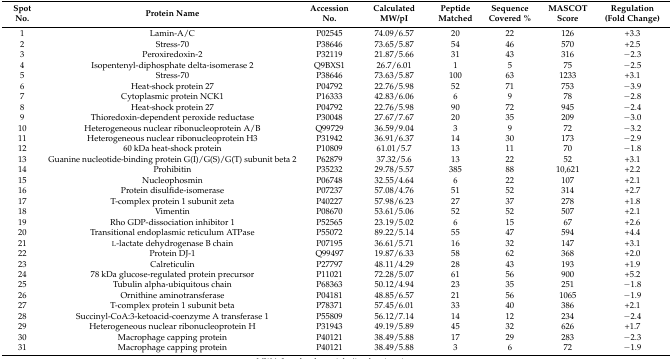
<table><thead><tr><td><b>Spot No.</b></td><td><b>Protein Name</b></td><td><b>Accession No.</b></td><td><b>Calculated MW/pI</b></td><td><b>Peptide Matched</b></td><td><b>Sequence Covered %</b></td><td><b>MASCOT Score</b></td><td><b>Regulation (Fold Change)</b></td></tr></thead><tbody><tr><td>1</td><td>Lamin-A/C</td><td>P02545</td><td>74.09/6.57</td><td>20</td><td>22</td><td>126</td><td>+3.3</td></tr><tr><td>2</td><td>Stress-70</td><td>P38646</td><td>73.65/5.87</td><td>54</td><td>46</td><td>570</td><td>+2.5</td></tr><tr><td>3</td><td>Peroxiredoxin-2</td><td>P32119</td><td>21.87/5.66</td><td>31</td><td>43</td><td>316</td><td>−2.3</td></tr><tr><td>4</td><td>Isopentenyl-diphosphate delta-isomerase 2</td><td>Q9BXS1</td><td>26.7/6.01</td><td>1</td><td>5</td><td>75</td><td>−2.5</td></tr><tr><td>5</td><td>Stress-70</td><td>P38646</td><td>73.63/5.87</td><td>100</td><td>63</td><td>1233</td><td>+3.1</td></tr><tr><td>6</td><td>Heat-shock protein 27</td><td>P04792</td><td>22.76/5.98</td><td>52</td><td>71</td><td>753</td><td>−3.9</td></tr><tr><td>7</td><td>Cytoplasmic protein NCK1</td><td>P16333</td><td>42.83/6.06</td><td>6</td><td>9</td><td>78</td><td>−2.8</td></tr><tr><td>8</td><td>Heat-shock protein 27</td><td>P04792</td><td>22.76/5.98</td><td>90</td><td>72</td><td>945</td><td>−2.4</td></tr><tr><td>9</td><td>Thioredoxin-dependent peroxide reductase</td><td>P30048</td><td>27.67/7.67</td><td>20</td><td>35</td><td>209</td><td>−3.0</td></tr><tr><td>10</td><td>Heterogeneous nuclear ribonucleoprotein A/B</td><td>Q99729</td><td>36.59/9.04</td><td>3</td><td>9</td><td>72</td><td>−3.2</td></tr><tr><td>11</td><td>Heterogeneous nuclear ribonucleoprotein H3</td><td>P31942</td><td>36.91/6.37</td><td>14</td><td>30</td><td>173</td><td>−2.9</td></tr><tr><td>12</td><td>60 kDa heat-shock protein</td><td>P10809</td><td>61.01/5.7</td><td>13</td><td>11</td><td>70</td><td>−1.8</td></tr><tr><td>13</td><td>Guanine nucleotide-binding protein G(I)/G(S)/G(T) subunit beta 2</td><td>P62879</td><td>37.32/5.6</td><td>13</td><td>22</td><td>52</td><td>+3.1</td></tr><tr><td>14</td><td>Prohibitin</td><td>P35232</td><td>29.78/5.57</td><td>385</td><td>88</td><td>10,621</td><td>+2.2</td></tr><tr><td>15</td><td>Nucleophosmin</td><td>P06748</td><td>32.55/4.64</td><td>6</td><td>22</td><td>107</td><td>+2.1</td></tr><tr><td>16</td><td>Protein disulfide-isomerase </td><td>P07237</td><td>57.08/4.76</td><td>51</td><td>52</td><td>314</td><td>+2.7</td></tr><tr><td>17</td><td>T-complex protein 1 subunit zeta</td><td>P40227</td><td>57.98/6.23</td><td>27</td><td>37</td><td>278</td><td>+1.8</td></tr><tr><td>18</td><td>Vimentin</td><td>P08670</td><td>53.61/5.06</td><td>52</td><td>52</td><td>507</td><td>+2.1</td></tr><tr><td>19</td><td>Rho GDP-dissociation inhibitor 1</td><td>P52565</td><td>23.19/5.02</td><td>6</td><td>15</td><td>67</td><td>+2.6</td></tr><tr><td>20</td><td>Transitional endoplasmic reticulum ATPase</td><td>P55072</td><td>89.22/5.14</td><td>55</td><td>47</td><td>594</td><td>+4.4</td></tr><tr><td>21</td><td>l-lactate dehydrogenase B chain</td><td>P07195</td><td>36.61/5.71</td><td>16</td><td>32</td><td>147</td><td>+3.1</td></tr><tr><td>22</td><td>Protein DJ-1</td><td>Q99497</td><td>19.87/6.33</td><td>58</td><td>62</td><td>368</td><td>+2.0</td></tr><tr><td>23</td><td>Calreticulin</td><td>P27797</td><td>48.11/4.29</td><td>28</td><td>43</td><td>193</td><td>+1.9</td></tr><tr><td>24</td><td>78 kDa glucose-regulated protein precursor</td><td>P11021</td><td>72.28/5.07</td><td>61</td><td>56</td><td>900</td><td>+5.2</td></tr><tr><td>25</td><td>Tubulin alpha-ubiquitous chain</td><td>P68363</td><td>50.12/4.94</td><td>23</td><td>35</td><td>251</td><td>−1.8</td></tr><tr><td>26</td><td>Ornithine aminotransferase</td><td>P04181</td><td>48.85/6.57</td><td>21</td><td>56</td><td>1065</td><td>−1.9</td></tr><tr><td>27</td><td>T-complex protein 1 subunit beta</td><td>P78371</td><td>57.45/6.01</td><td>33</td><td>40</td><td>386</td><td>+2.1</td></tr><tr><td>28</td><td>Succinyl-CoA:3-ketoacid-coenzyme A transferase 1</td><td>P55809</td><td>56.12/7.14</td><td>14</td><td>12</td><td>234</td><td>−2.4</td></tr><tr><td>29</td><td>Heterogeneous nuclear ribonucleoprotein H</td><td>P31943</td><td>49.19/5.89</td><td>45</td><td>32</td><td>626</td><td>+1.7</td></tr><tr><td>30</td><td>Macrophage capping protein</td><td>P40121</td><td>38.49/5.88</td><td>17</td><td>29</td><td>283</td><td>−2.3</td></tr><tr><td>31</td><td>Macrophage capping protein</td><td>P40121</td><td>38.49/5.88</td><td>3</td><td>6</td><td>72</td><td>−1.9</td></tr></tbody></table>